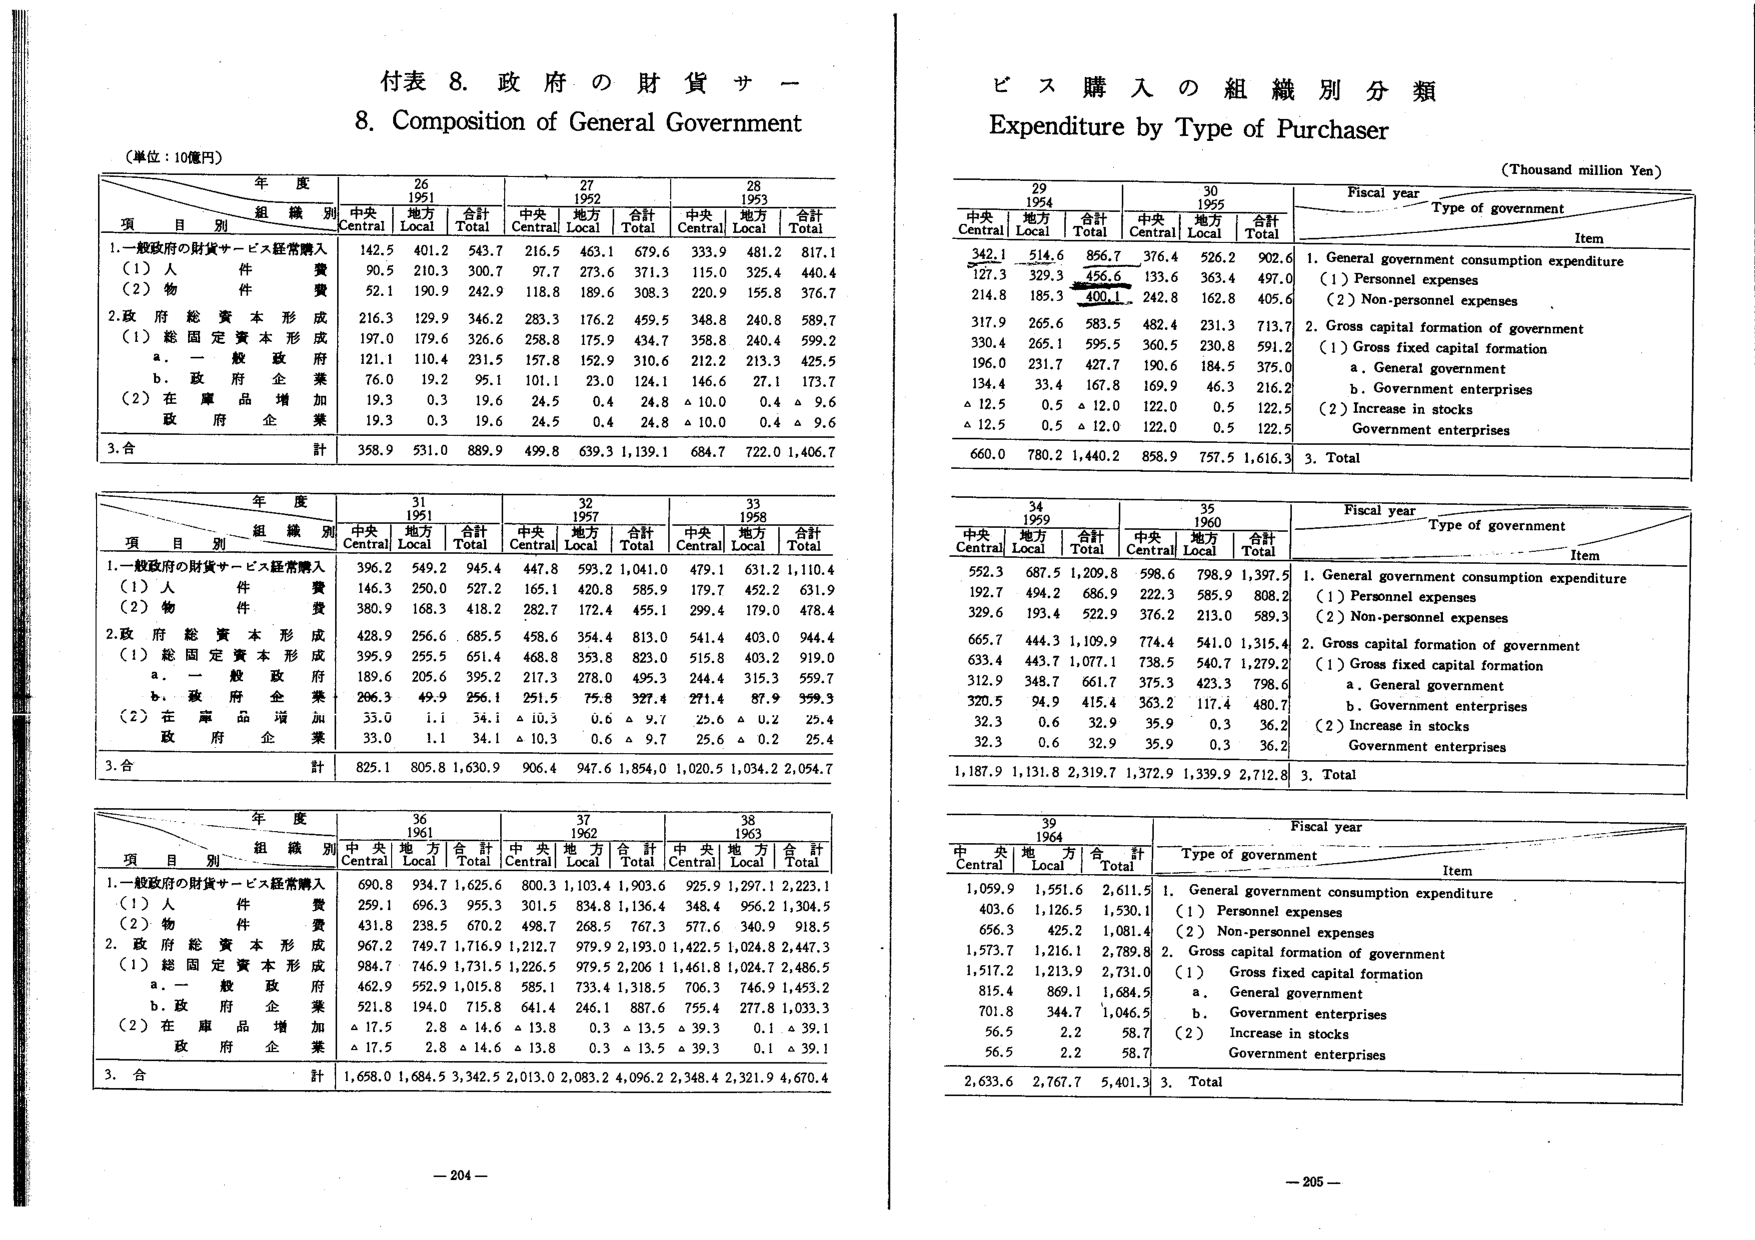
付表 8. 政府の財貨サー
8. Composition of General Government

（単位：10億円）

年 度
26 1951
27 1952
28 1953

組 織 別
中央 Central
地方 Local
合計 Total
中央 Central
地方 Local
合計 Total
中央 Central
地方 Local
合計 Total

項 目 別
1. 一般政府の財貨サービス経常購入
　（1）人件費
　（2）物件費
2. 政府総資本形成
　（1）総固定資本形成
　　a. 一般政府府
　　b. 政府企業
　（2）在庫品増加
　　政府企業
3. 合計

142.5 401.2 543.7
90.5 210.3 300.7
52.1 190.9 242.9
216.3 129.9 346.2
197.0 179.6 326.6
121.1 110.4 231.5
76.0 19.2 95.1
19.3 0.3 19.6
19.3 0.3 19.6
358.9 531.0 889.9

216.5 463.1 679.6
97.7 273.6 371.3
118.8 189.6 308.3
283.3 176.2 459.5
258.8 175.9 434.7
157.8 152.9 310.6
101.1 23.0 124.1
24.5 0.4 24.8
24.5 0.4 24.8
499.8 639.3 1,139.1

339.9 481.2 817.1
115.0 325.4 440.4
220.9 155.8 376.7
348.8 240.8 589.7
358.8 240.4 599.2
212.2 213.3 425.5
146.6 27.1 173.7
△10.0 0.4 △9.6
△10.0 0.4 △9.6
684.7 722.0 1,406.7

年 度
31 1957
32 1958
33 1959

組 織 別
中央 Central
地方 Local
合計 Total
中央 Central
地方 Local
合計 Total
中央 Central
地方 Local
合計 Total

項 目 別
1. 一般政府の財貨サービス経常購入
　（1）人件費
　（2）物件費
2. 政府総資本形成
　（1）総固定資本形成
　　a. 一般政府府
　　b. 政府企業
　（2）在庫品増加
　　政府企業
3. 合計

396.2 549.2 945.4
146.3 250.0 527.2
380.9 168.3 418.2
428.9 256.6 685.5
395.9 255.5 651.4
189.6 205.6 395.2
206.3 49.9 256.1
33.0 1.1 34.1
33.0 1.1 34.1
825.1 805.8 1,630.9

447.8 593.2 1,041.0
165.1 420.8 585.9
282.7 172.4 455.1
458.6 354.4 813.0
468.8 353.8 823.0
217.3 278.0 495.3
251.5 75.8 327.4
△10.3 0.6 △9.7
△10.3 0.6 △9.7
906.4 947.6 1,854.0

479.1 631.2 1,110.4
179.7 452.2 631.9
299.4 179.0 478.4
541.4 403.0 944.4
515.8 403.2 919.0
244.4 315.3 559.7
271.4 87.9 359.3
25.6 △0.2 25.4
25.6 △0.2 25.4
1,020.5 1,034.2 2,054.7

年 度
36 1961
37 1962
38 1963

組 織 別
中央 Central
地方 Local
合計 Total
中央 Central
地方 Local
合計 Total
中央 Central
地方 Local
合計 Total

項 目 別
1. 一般政府の財貨サービス経常購入
　（1）人件費
　（2）物件費
2. 政府総資本形成
　（1）総固定資本形成
　　a. 一般政府府
　　b. 政府企業
　（2）在庫品増加
　　政府企業
3. 合計

690.8 934.7 1,625.6
259.1 696.3 955.3
431.8 238.5 670.2
967.2 749.7 1,716.9
984.7 746.9 1,731.5
462.9 552.9 1,015.8
521.8 194.0 715.8
△17.5 2.8 △14.6
△17.5 2.8 △14.6
1,658.0 1,684.5 3,342.5

800.3 1,103.4 1,903.6
301.5 834.8 1,136.4
498.7 268.5 767.3
1,212.7 979.9 2,193.0
1,226.5 979.5 2,206.1
585.1 733.4 1,318.5
641.4 246.1 887.6
△13.8 0.3 △13.5
△13.8 0.3 △13.5
2,013.0 2,083.2 4,096.2

925.9 1,297.1 2,223.1
348.4 956.2 1,304.5
577.6 340.9 918.5
1,422.5 1,024.8 2,447.3
1,461.8 1,024.7 2,486.5
706.3 746.9 1,453.2
755.4 277.8 1,033.3
△39.3 0.1 △39.1
△39.3 0.1 △39.1
2,348.4 2,321.9 4,670.4

— 204 —

ビス購入の組織別分類
Expenditure by Type of Purchaser

（Thousand million Yen）

Fiscal year
29 1954
30 1955

Type of government
中央 Central
地方 Local
合計 Total
中央 Central
地方 Local
合計 Total

Item
1. General government consumption expenditure
　（1）Personnel expenses
　（2）Non-personnel expenses
2. Gross capital formation of government
　（1）Gross fixed capital formation
　　a. General government
　　b. Government enterprises
　（2）Increase in stocks
　　Government enterprises
3. Total

342.1 514.6 856.7
127.3 329.3 456.6
214.8 185.3 400.1
317.9 265.6 583.5
330.4 265.1 595.5
196.0 231.7 427.7
134.4 33.4 167.8
△12.5 0.5 △12.0
△12.5 0.5 △12.0
660.0 780.2 1,440.2

376.4 526.2 902.6
133.6 363.4 497.0
242.8 162.8 405.6
482.4 231.3 713.7
360.5 230.8 591.2
190.6 184.5 375.0
169.9 46.3 216.2
122.0 0.5 122.5
122.0 0.5 122.5
858.9 757.5 1,616.3

Fiscal year
34 1959
35 1960

Type of government
中央 Central
地方 Local
合計 Total
中央 Central
地方 Local
合計 Total

Item
1. General government consumption expenditure
　（1）Personnel expenses
　（2）Non-personnel expenses
2. Gross capital formation of government
　（1）Gross fixed capital formation
　　a. General government
　　b. Government enterprises
　（2）Increase in stocks
　　Government enterprises
3. Total

552.3 687.5 1,209.8
192.7 494.2 686.9
329.6 193.4 522.9
665.7 444.3 1,109.9
633.4 443.7 1,077.1
312.9 348.7 661.7
320.5 94.9 415.4
32.3 0.6 32.9
32.3 0.6 32.9
1,187.9 1,131.8 2,319.7

598.6 798.9 1,397.5
222.3 585.9 808.2
376.2 213.0 589.3
774.4 541.0 1,315.4
738.5 540.7 1,279.2
375.3 423.3 798.6
363.2 117.4 480.7
35.9 0.3 36.2
35.9 0.3 36.2
1,372.9 1,339.9 2,712.8

Fiscal year
39 1964

Type of government
中央 Central
地方 Local
合計 Total

Item
1. General government consumption expenditure
　（1）Personnel expenses
　（2）Non-personnel expenses
2. Gross capital formation of government
　（1）Gross fixed capital formation
　　a. General government
　　b. Government enterprises
　（2）Increase in stocks
　　Government enterprises
3. Total

1,059.9 1,551.6 2,611.5
403.6 1,126.5 1,530.1
656.3 425.2 1,081.4
1,573.7 1,216.1 2,789.8
1,517.2 1,213.9 2,731.0
815.4 869.1 1,684.5
701.8 344.7 1,046.5
56.5 2.2 58.7
56.5 2.2 58.7
2,633.6 2,767.7 5,401.3

— 205 —